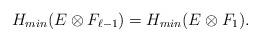
LaTeX: \begin{align*}H_{min}(E\otimes F_{\ell-1})=H_{min}(E\otimes F_1).\end{align*}